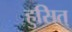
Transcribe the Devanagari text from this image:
हुसित्